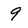
Character: 9